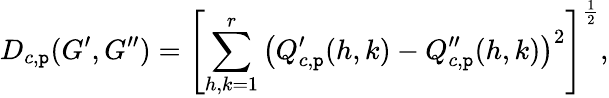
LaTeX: D_{c,\mathtt{p}}(G^{\prime},G^{\prime\prime})=\left[\sum_{h,k=1}^{r}\left(Q_{c,\mathtt{p}}^{\prime}(h,k)-Q_{c,\mathtt{p}}^{\prime\prime}(h,k)\right)^{2}\right]^{\frac{{1}}{{2}}},